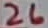
Text: 26